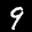
Label: 9